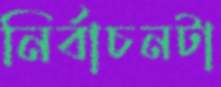
নির্বাচনটা